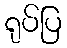
ရုပ်ပြ